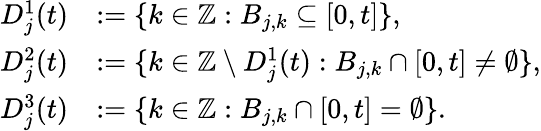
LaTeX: \begin{array}{rl}{D_{j}^{1}(t)}&{:=\lbrace k\in\mathbb{Z}:B_{j,k}\subseteq[0,t]\rbrace,}\\ {D_{j}^{2}(t)}&{:=\lbrace k\in\mathbb{Z}\setminus D_{j}^{1}(t):B_{j,k}\cap[0,t]\neq\emptyset\rbrace,}\\ {D_{j}^{3}(t)}&{:=\lbrace k\in\mathbb{Z}:B_{j,k}\cap[0,t]=\emptyset\rbrace.}\end{array}